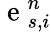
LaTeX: \mathrm{~e~}_{s,i}^{n}